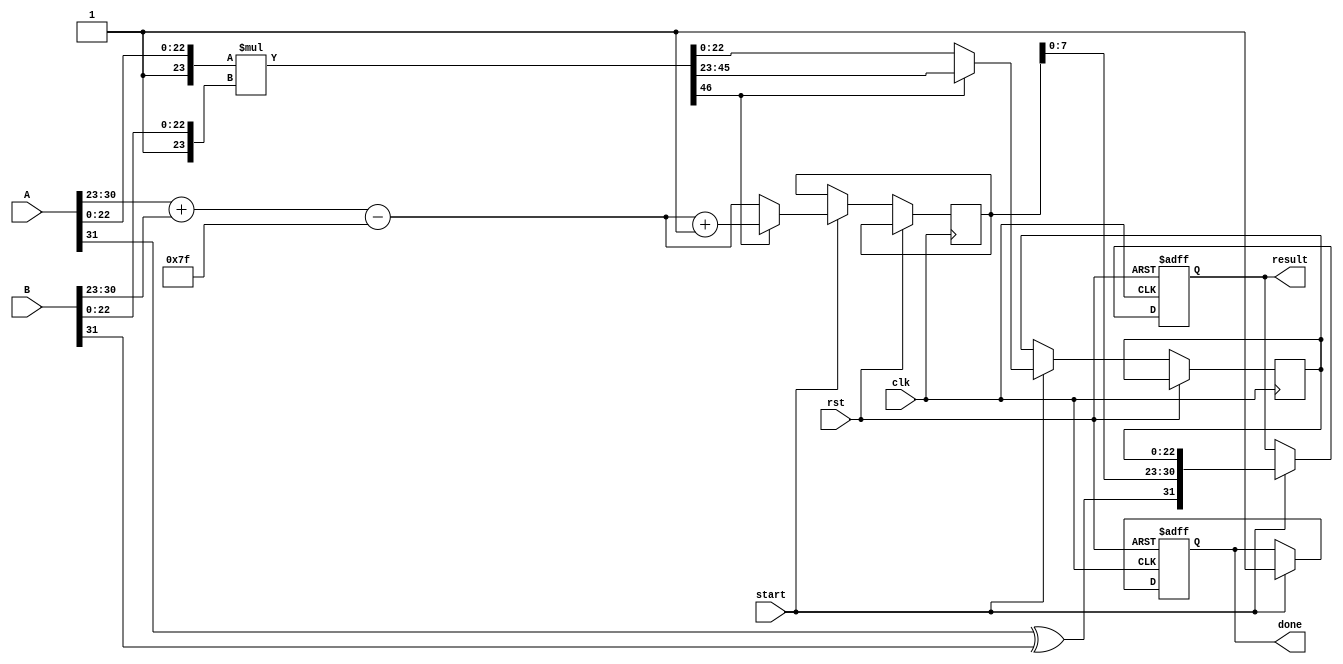
module radix2_fp_multiplier #(
    parameter E = 8,    // Number of exponent bits
    parameter M = 23,   // Number of mantissa bits (excluding the implicit leading 1)
    parameter BIAS = (1 << (E-1)) - 1 // Bias calculation
)(
    input  wire           clk,
    input  wire           rst,
    input  wire           start,
    input  wire [E + M + 1 - 1 : 0] A, // A = {S_A, E_A, F_A}
    input  wire [E + M + 1 - 1 : 0] B, // B = {S_B, E_B, F_B}
    output reg [E + M + 1 - 1 : 0] result, // Result = {S_result, E_result, F_result}
    output reg           done
);

    // Split A and B into their components
    wire S_A = A[E + M];                // Sign of A
    wire [E-1:0] E_A = A[E + M - 1 : M]; // Exponent of A
    wire [M-1:0] F_A = A[M - 1 : 0];    // Mantissa of A

    wire S_B = B[E + M];                // Sign of B
    wire [E-1:0] E_B = B[E + M - 1 : M]; // Exponent of B
    wire [M-1:0] F_B = B[M - 1 : 0];    // Mantissa of B

    // Intermediate signals
    wire S_result;
    wire [E:0] E_result;                // 1 extra bit for overflow handling
    wire [2*M:0] P;                     // Product of mantissas

    always @(*) begin
        // Sign Calculation
        S_result = S_A ^ S_B;

        // Exponent Calculation
        E_result = E_A + E_B - BIAS;

        // Mantissa Calculation
        // Multiply mantissas (including implicit leading 1)
        P = {1'b1, F_A} * {1'b1, F_B};
    end

    // Normalization and rounding logic
    reg [M-1:0] M_result;
    reg [E:0] E_temp;

    always @(posedge clk or posedge rst) begin
        if (rst) begin
            result <= 0;
            done <= 0;
        end else if (start) begin
            // Assuming normalization and rounding logic is to be performed here
            // A basic normalization would require checking the product P.
            if (P[2*M]) begin // If overflow in the multiplication result
                M_result <= P[2*M-1:M]; // Shift right
                E_temp <= E_result + 1;
            end else begin
                M_result <= P[M-1:0]; // Take the lower M bits
                E_temp <= E_result;
            end

            // Final output assembly
            result <= {S_result, E_temp[E-1:0], M_result}; // Truncate or round appropriately
            done <= 1;
        end
    end

endmodule